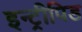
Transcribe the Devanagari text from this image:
इन्ट्रीपिड